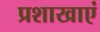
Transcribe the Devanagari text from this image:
प्रशाखाएं